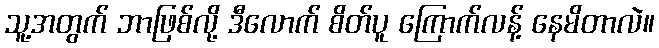
သူ့အတွက် ဘာဖြစ်လို့ ဒီလောက် စိတ်ပူ ကြောက်လန့် နေမိတာလဲ။